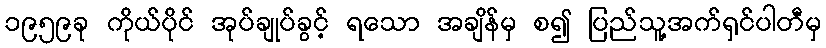
၁၉၅၉ခု ကိုယ်ပိုင် အုပ်ချုပ်ခွင့် ရသော အချိန်မှ စ၍ ပြည်သူ့အက်ရှင်ပါတီမှ